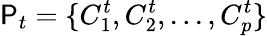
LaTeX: \mathsf{P}_{t}=\{ C_{1}^{t},C_{2}^{t},...,C_{p}^{t}\}